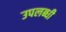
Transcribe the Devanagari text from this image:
उपलब्‍धी